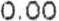
0.00